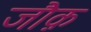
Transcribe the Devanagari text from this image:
जौक़